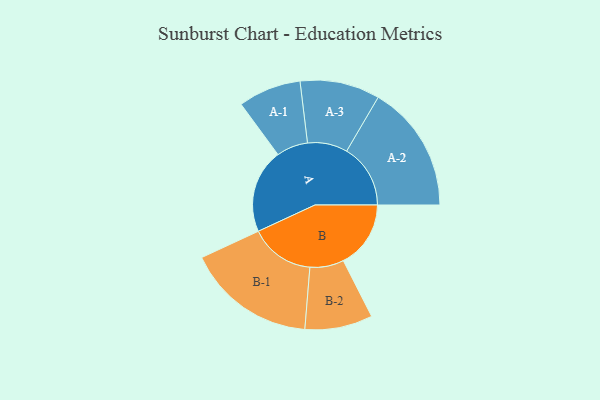
{"axis": {"x": "Segment", "y": "Value"}, "legend": ["", "A", "B"], "data": [{"x": "A", "y": 278, "type": ""}, {"x": "B", "y": 223, "type": ""}, {"x": "A-1", "y": 104, "type": "A"}, {"x": "A-2", "y": 211, "type": "A"}, {"x": "A-3", "y": 132, "type": "A"}, {"x": "B-1", "y": 214, "type": "B"}, {"x": "B-2", "y": 112, "type": "B"}]}